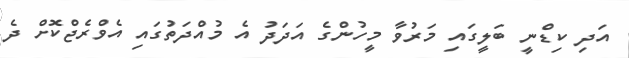
އަދި ކިޑްނީ ބަލީގައި މަރުވާ މީހުންގެ އަދަދު އެ މުއްދަތުގައި އެވްރެޖްކޮށް ދެ